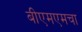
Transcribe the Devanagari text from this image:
बीएमएमचा